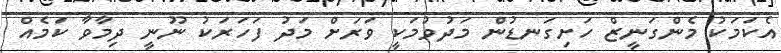
އެކަމަކު މެންގަނީޒް ހަށިގަނޑުން މަދުވުމަކީ ވަރަށް މަދު ފަހަރަކު ނޫނީ ދިމާވާ ކަމެއް